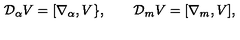
{ \cal D } _ { \alpha } V = [ \nabla _ { \alpha } , V \} , \qquad { \cal D } _ { m } V = [ \nabla _ { m } , V ] ,